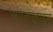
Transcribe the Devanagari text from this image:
अग्रलेखाहून